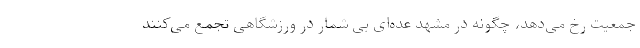
جمعیت رخ می‌دهد، چگونه در مشهد عده‌ای بی شمار در ورزشگاهی تجمع می‌کنند